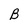
Character: B